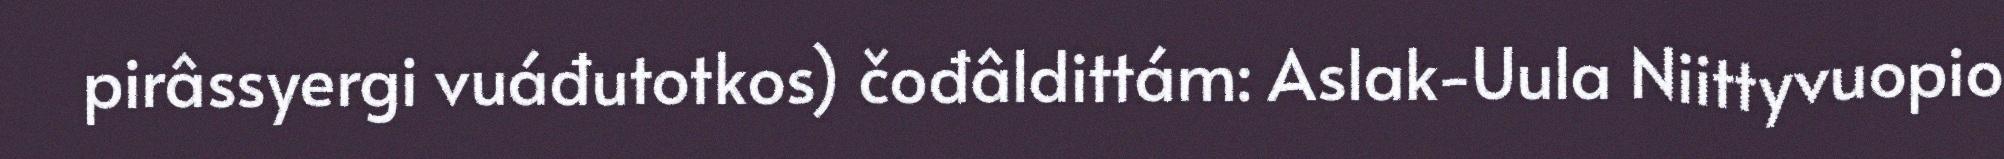
pirâssyergi vuáđutotkos) čođâldittám: Aslak-Uula Niittyvuopio